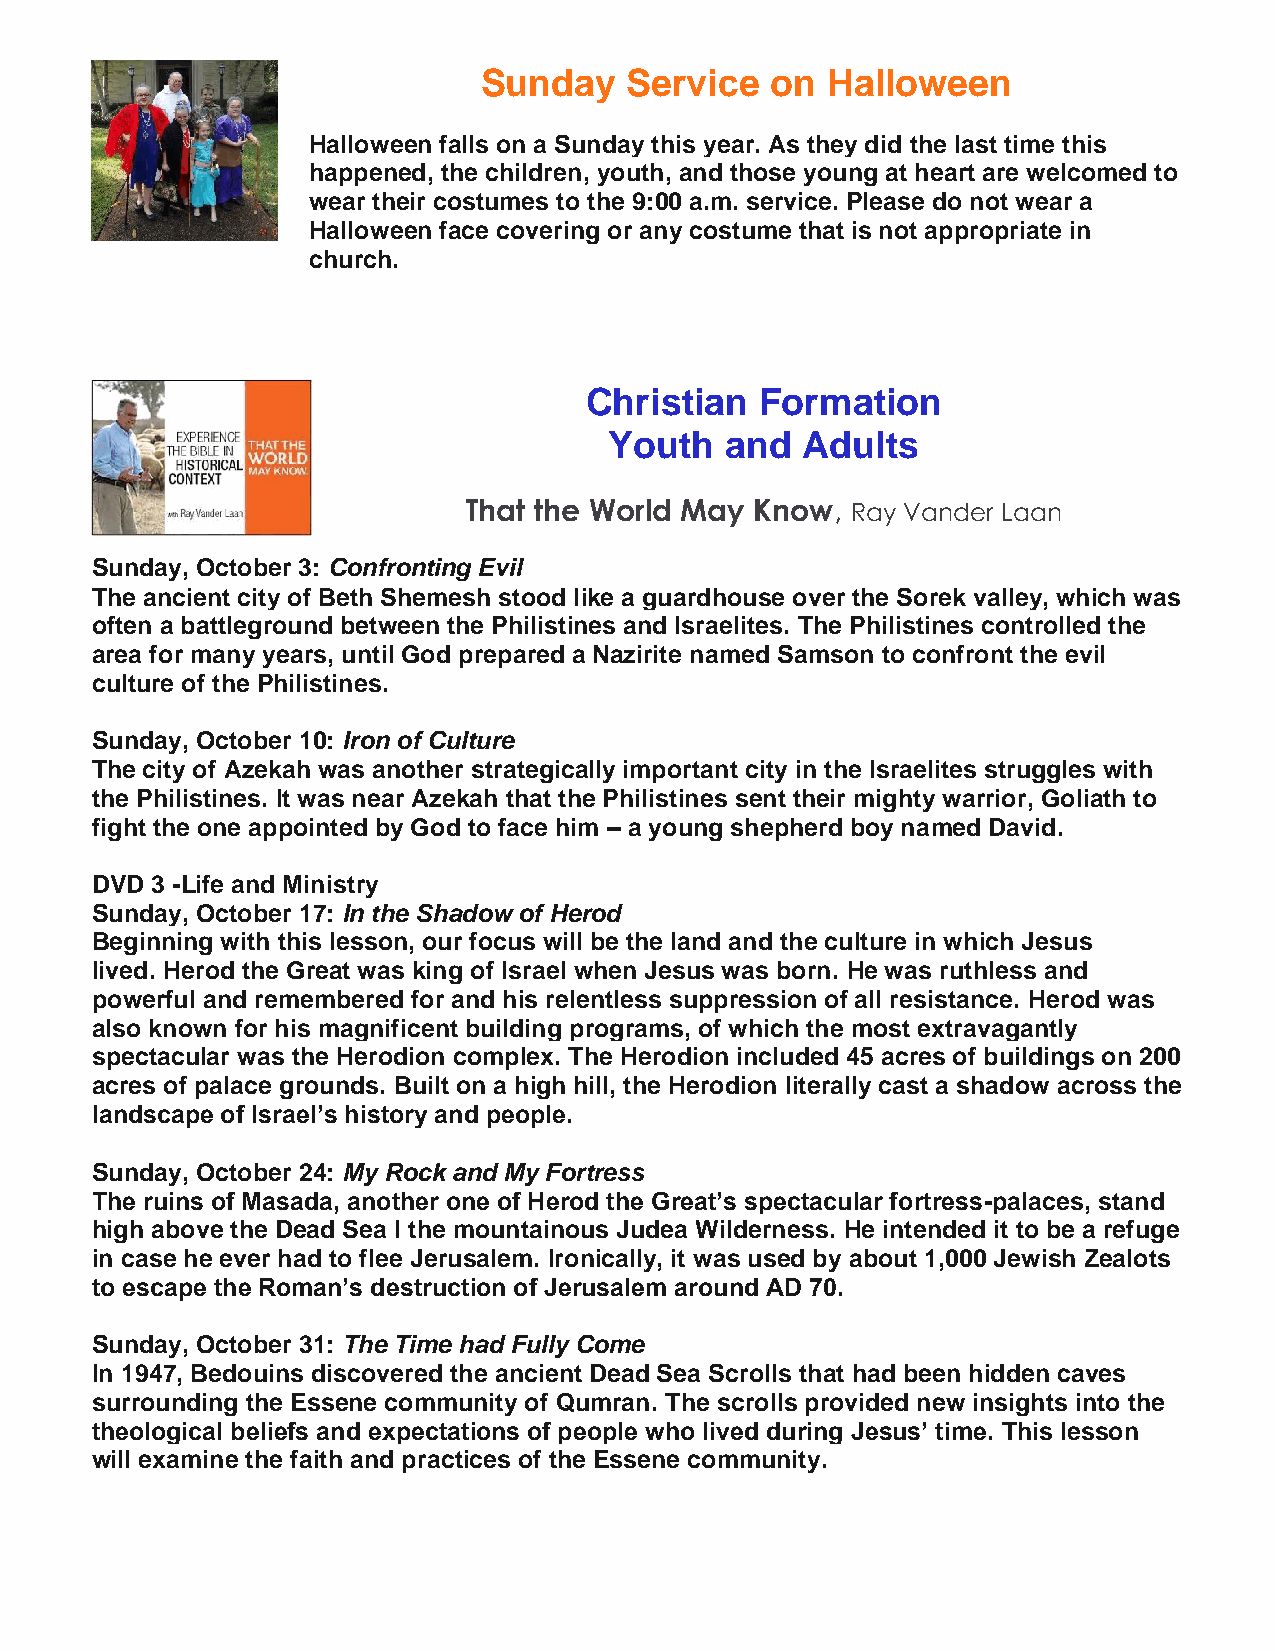
Sunday    Service  on  Halloween
 Halloween falls on a Sunday this year. As they did the last time this
 happened, the children, youth, and those young at heart are welcomed to
 wear their costumes to the 9:00 a.m. service. Please do not wear a
 Halloween face covering or any costume that is not appropriate in
 church.
 Christian  Formation
 Youth   and  Adults
 That the World May Know, Ray Vander Laan
 Sunday, October 3: Confronting Evil
 The ancient city of Beth Shemesh stood like a guardhouse over the Sorek valley, which was
 often a battleground between the Philistines and Israelites. The Philistines controlled the
 area for many years, until God prepared a Nazirite named Samson to confront the evil
 culture of the Philistines.
 Sunday, October 10: Iron of Culture
 The city of Azekah was another strategically important city in the Israelites struggles with
 the Philistines. It was near Azekah that the Philistines sent their mighty warrior, Goliath to
 fight the one appointed by God to face him – a young shepherd boy named David.
 DVD 3 -Life and Ministry
 Sunday, October 17: In the Shadow of Herod
 Beginning with this lesson, our focus will be the land and the culture in which Jesus
 lived. Herod the Great was king of Israel when Jesus was born. He was ruthless and
 powerful and remembered for and his relentless suppression of all resistance. Herod was
 also known for his magnificent building programs, of which the most extravagantly
 spectacular was the Herodion complex. The Herodion included 45 acres of buildings on 200
 acres of palace grounds. Built on a high hill, the Herodion literally cast a shadow across the
 landscape of Israel’s history and people.
 Sunday, October 24: My Rock and My Fortress
 The ruins of Masada, another one of Herod the Great’s spectacular fortress-palaces, stand
 high above the Dead Sea I the mountainous Judea Wilderness. He intended it to be a refuge
 in case he ever had to flee Jerusalem. Ironically, it was used by about 1,000 Jewish Zealots
 to escape the Roman’s destruction of Jerusalem around AD 70.
 Sunday, October 31: The Time had Fully Come
 In 1947, Bedouins discovered the ancient Dead Sea Scrolls that had been hidden caves
 surrounding the Essene community of Qumran. The scrolls provided new insights into the
 theological beliefs and expectations of people who lived during Jesus’ time. This lesson
 will examine the faith and practices of the Essene community.